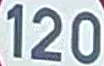
120